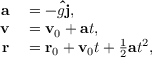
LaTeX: \begin{array} { r l } { \mathbf { a } } & { { } = - g \mathbf { \hat { j } } , } \\ { \mathbf { v } } & { { } = \mathbf { v } _ { \mathrm { 0 } } + \mathbf { a } t , } \\ { \mathbf { r } } & { { } = \mathbf { r } _ { 0 } + \mathbf { v } _ { 0 } t + { \frac { 1 } { 2 } } \mathbf { a } t ^ { 2 } , } \end{array}